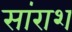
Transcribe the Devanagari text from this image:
सांराश